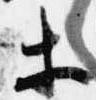
等